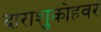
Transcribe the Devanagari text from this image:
दाराशुकोहवर